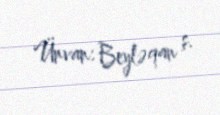
Ünvan: Beyləqan ş.